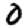
Digit: 0